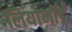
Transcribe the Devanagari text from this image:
लियोनॉर्ड्